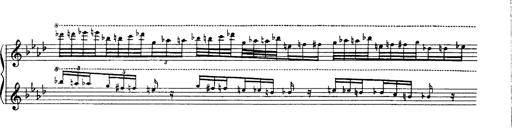
Title: Paraphrase de concert sur Ernani II
Composer: Franz Liszt